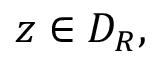
z \in D _ { R } ,